Civil Veterinary Department. Madras. Admin. report 1926-33 - 1926-1933
Year: 1926
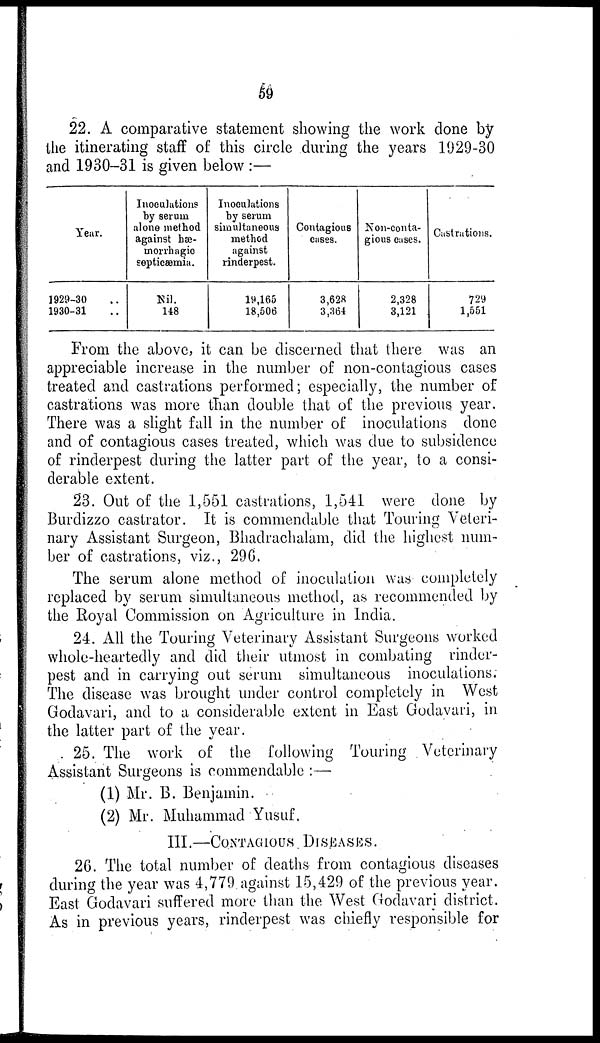
59
22. A comparative statement showing the work done by
the itinerating staff of this circle during the years 1929-30
and 1930-31 is given below :—
Year.
1929-30 ..
1930-31 ..
Inoculations
by serum
alone method
against hæ-
morrhagic
septicæmia.
Nil.
148
Inoculations
by serum
simultaneous
method
against
rinderpest.
19,165
18,506
Contagious
cases.
3,628
3,364
Non-conta-
gious cases.
2,328
3,121
Castrations.
729
1,551
From the above, it can be discerned that there was an
appreciable increase in the number of non-contagious cases
treated and castrations performed; especially, the number of
castrations was more than double that of the previous year.
There was a slight fall in the number of inoculations done
and of contagious cases treated, which was due to subsidence
of rinderpest during the latter part of the year, to a consi-
derable extent.
23. Out of the 1,551 castrations, 1,541 were done by
Burdizzo castrator. It is commendable that Touring Veteri-
nary Assistant Surgeon, Bhadrachalam, did the highest num-
ber of castrations, viz., 296.
The serum alone method of inoculation was completely
replaced by serum simultaneous method, as recommended by
the Royal Commission on Agriculture in India.
24. All the Touring Veterinary Assistant Surgeons worked
whole-heartedly and did their utmost in combating rinder-
pest and in carrying out serum simultaneous inoculations.
The disease was brought under control completely in West
Godavari, and to a considerable extent in East Godavari, in
the latter part of the year.
25. The work of the following Touring Veterinary
Assistant Surgeons is commendable :—
(1) Mr. B. Benjamin.
(2) Mr. Muhammad Yusuf.
III.—CONTAGIOUS DISEASES.
26. The total number of deaths from contagious diseases
during the year was 4,779 against 15,429 of the previous year.
East Godavari suffered more than the West Godavari district.
As in previous years, rinderpest was chiefly responsible for